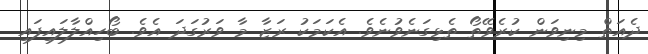
ދެއަތް މިނިވަން ކުރެވޭތޯ ތެޅިގަނެވުނެވެ. އެކަމަކު ރަޒާ މާ ވަރުގަދަ އެވެ. ބޯހިއްލާލައިފައި